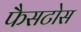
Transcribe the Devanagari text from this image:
फैसटोस